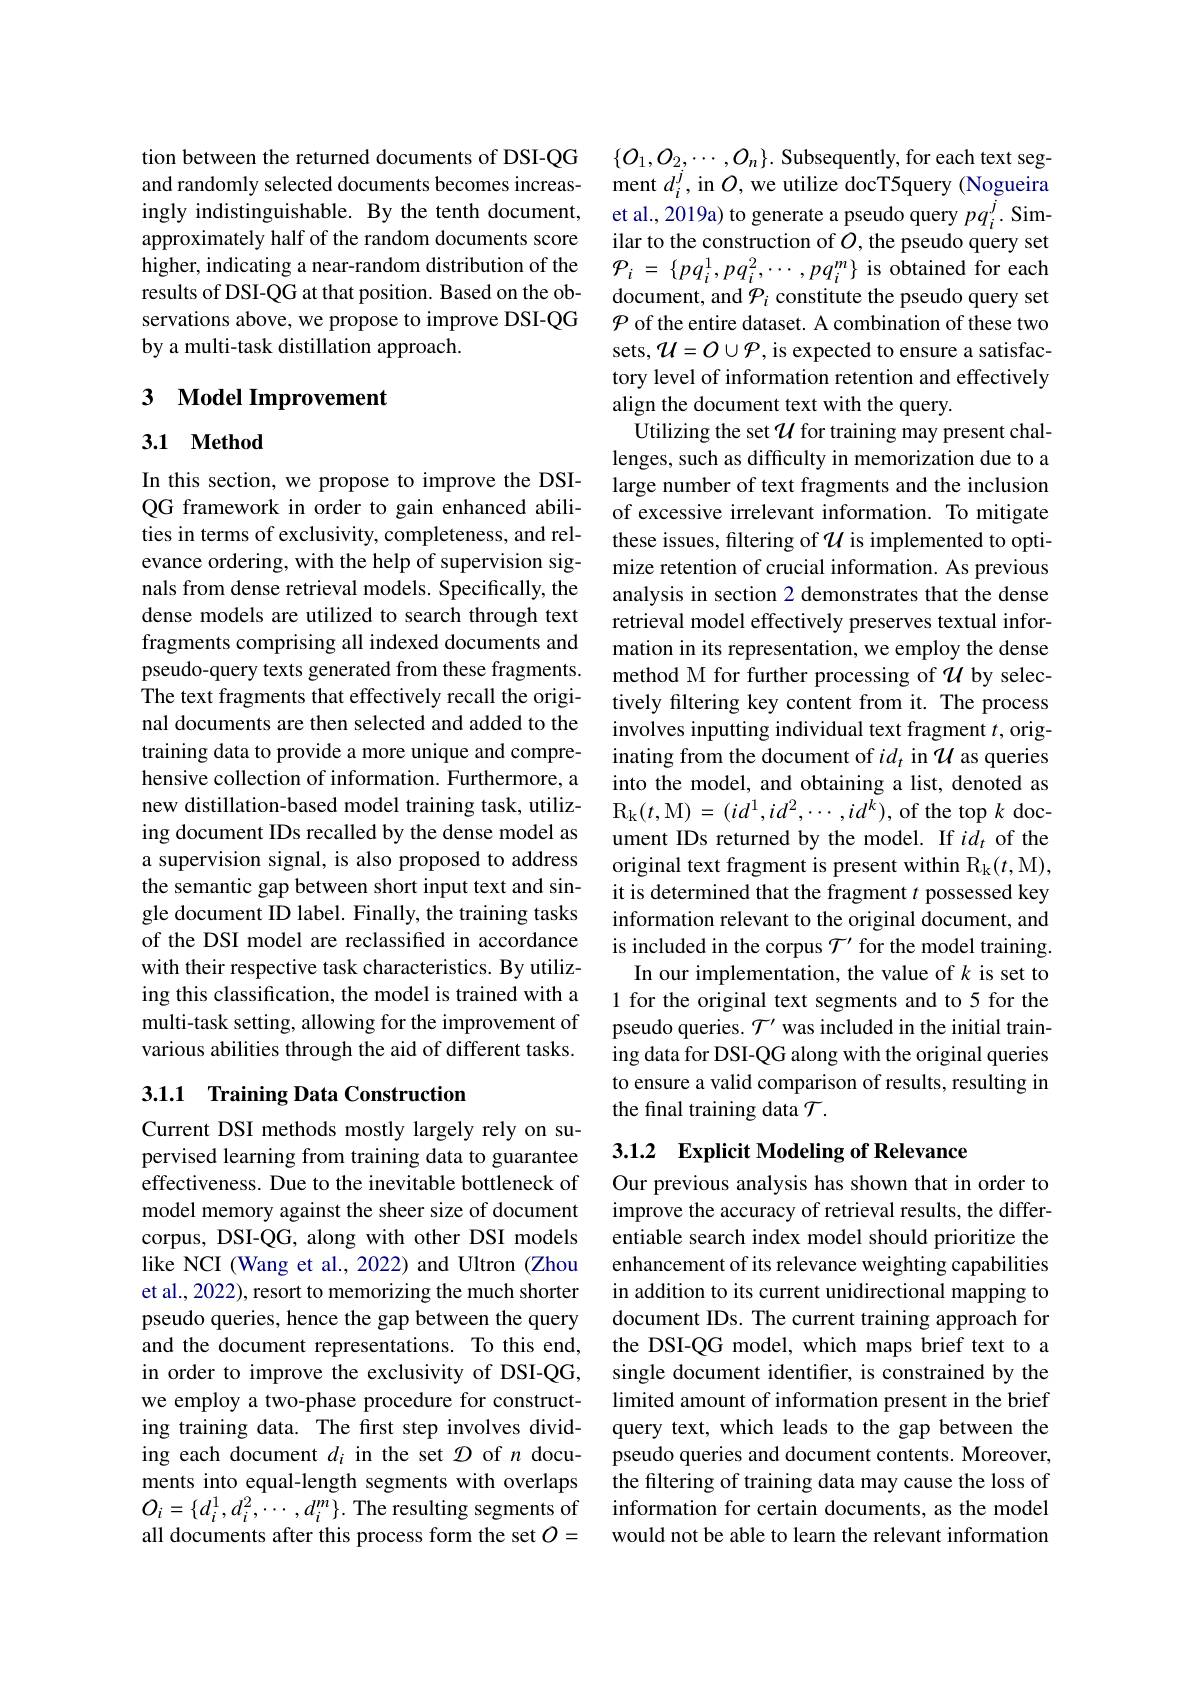
tion between the returned documents of DSI-QG and randomly selected documents becomes increasingly indistinguishable. By the tenth document, approximately half of the random documents score higher, indicating a near-random distribution of the results of DSI-QG at that position. Based on the observations above, we propose to improve DSI-QG by a multi-task distillation approach.

# 3 Model Improvement

### 3.1 $\mathbf{Method}$

In this section, we propose to improve the DSIQG framework in order to gain enhanced abilities in terms of exclusivity, completeness, and relevance ordering, with the help of supervision signals from dense retrieval models. Specifically, the dense models are utilized to search through text fragments comprising all indexed documents and pseudo-query texts generated from these fragments. The text fragments that effectively recall the original documents are then selected and added to the training data to provide a more unique and comprehensive collection of information. Furthermore, a new distillation-based model training task, utilizing document IDs recalled by the dense model as a supervision signal, is also proposed to address the semantic gap between short input text and single document ID label. Finally, the training tasks of the DSI model are reclassified in accordance with their respective task characteristics. By utilizing this classification, the model is trained with a multi-task setting, allowing for the improvement of various abilities through the aid of different tasks.

## 3.1.1 Training Data Construction

Current DSI methods mostly largely rely on supervised learning from training data to guarantee effectiveness. Due to the inevitable bottleneck of model memory against the sheer size of document corpus, DSI-QG, along with other DSI models like NCI (Wang et al., 2022) and Ultron (Zhou et al., 2022), resort to memorizing the much shorter pseudo queries, hence the gap between the query and the document representations. To this end, in order to improve the exclusivity of DSI-QG, we employ a two-phase procedure for constructing training data. The first step involves dividing each document $d_i$ in the set $\mathcal{D}$ of $n$ documents into equal-length segments with overlaps $O_{i}=\{d_{i}^{1},d_{i}^{2},\cdots,d_{i}^{m}\}.$ The resulting segments of all documents after this process form the set $O=$

$\{O_1,O_2,\cdots,O_n\}.$ Subsequently, for each text segment $d_i^j$, in $O$, we utilize docT5query (Nogueira et al., 2019a) to generate a pseudo query $pq_i^j.$ Similar to the construction of $O$, the pseudo query set ${\mathcal{P} }_{i}$ = $\{ pq_{i}^{1}, pq_{i}^{2}, \cdots , pq_{i}^{m}\}$ is obtained for each document, and $\mathcal{P}_i$ constitute the pseudo query set $\mathcal{P}$ of the entire dataset. A combination of these two sets, $\mathcal{U}=O\cup\mathcal{P}$, is expected to ensure a satisfactory level of information retention and effectively align the document text with the query.
Utilizing the set $\mathcal{U}$ for training may present challenges, such as difficulty in memorization due to a large number of text fragments and the inclusion of excessive irrelevant information. To mitigate these issues, filtering of $\mathcal{U}$ is implemented to optimize retention of crucial information. As previous analysis in section 2 demonstrates that the dense retrieval model effectively preserves textual information in its representation, we employ the dense method M for further processing of $\mathcal{U}$ by selectively filtering key content from it. The process involves inputting individual text fragment $t$, originating from the document of $id_t$ in $\mathcal{U}$ as queries into the model, and obtaining a list, denoted as $R_k$( t, M) = ( i$d^1$, i$d^2$, $\cdots$, i$d^k$) , of the top k doc- ument IDs returned by the model. If $id_t$ of the original text fragment is present within Rk(t,M), it is determined that the fragment $t$ possessed key information relevant to the original document, and is included in the corpus $\mathcal{T}^\prime$ for the model training.
In our implementation, the value of $k$ is set to 1 for the original text segments and to 5 for the pseudo queries. $\mathcal{T}^\prime$ was included in the initial training data for DSI-QG along with the original queries to ensure a valid comparison of results, resulting in the final training data $\mathcal{T}.$

## 3.1.2 Explicit Modeling of Relevance

Our previous analysis has shown that in order to improve the accuracy of retrieval results, the differentiable search index model should prioritize the enhancement of its relevance weighting capabilities in addition to its current unidirectional mapping to document IDs. The current training approach for the DSI-QG model, which maps brief text to a single document identifier, is constrained by the limited amount of information present in the brief query text, which leads to the gap between the pseudo queries and document contents. Moreover, the filtering of training data may cause the loss of information for certain documents, as the model would not be able to learn the relevant information